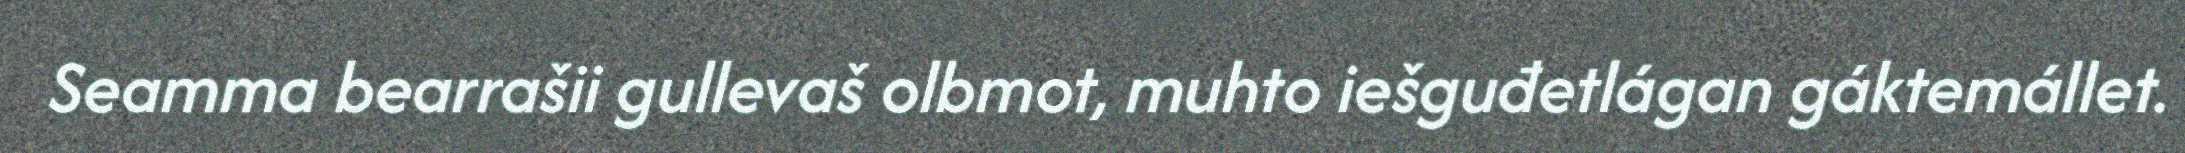
Seamma bearrašii gullevaš olbmot, muhto iešguđetlágan gáktemállet.